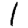
Digit: 1